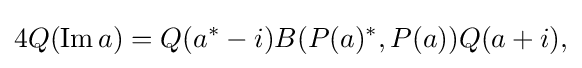
\displaystyle {4Q(\mathrm {Im} \,a)=Q(a^{*}-i)B(P(a)^{*},P(a))Q(a+i),}